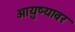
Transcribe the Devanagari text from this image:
आयुष्‍यावर